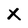
Character: X